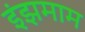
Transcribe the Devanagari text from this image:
इंझमाम